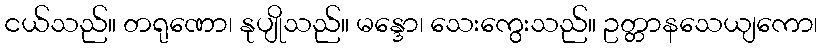
ငယ်သည်။ တရုဏော၊ နုပျိုသည်။ မန္ဒော၊ သေးကွေးသည်။ ဥတ္တာနသေယျကော၊